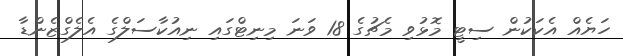
ހަޔެއް އެކަކުން ސިޓީ މޮޅުވި މެޗުގެ 18 ވަނަ މިނިޓްގައި ނިއުކާސަލްގެ އެލެގްޒެންޑާ